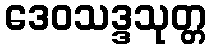
ဒေဝသဒ္ဒသုတ္တ